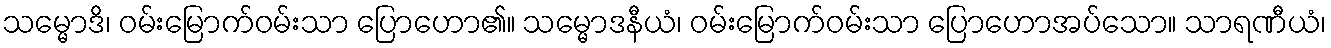
သမ္မောဒိ၊ ဝမ်းမြောက်ဝမ်းသာ ပြောဟော၏။ သမ္မောဒနီယံ၊ ဝမ်းမြောက်ဝမ်းသာ ပြောဟောအပ်သော။ သာရဏီယံ၊